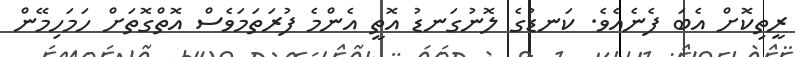
ރީތިކޮށް އެބަ ފެނެއެވެ. ކަނޑުގެ ލޮނުގަނޑު އޮތީ އެންމެ ފުރަތަމަވެސް އޮތްގޮތަށް ހަމަހިމޭން